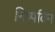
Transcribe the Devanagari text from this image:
निष्पदिन